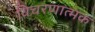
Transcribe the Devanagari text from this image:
विचरणात्मक